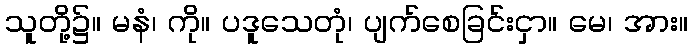
သူတို့၌။ မနံ၊ ကို။ ပဒူသေတုံ၊ ပျက်စေခြင်းငှာ။ မေ၊ အား။